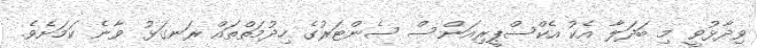
ވިދާޅުވީ މި ބަދަލާ އެކު އެކްސްޕީރިއަންސް ސެންޓަރުގެ ހިދުމަތްތައް ރަނގަޅު ވާނެ ކަމަށެވެ.